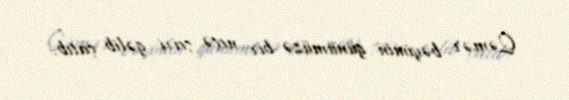
Qəmər bəyimin günümüzə bir neçə şeiri gəlib çatıb.